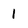
Character: 1